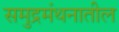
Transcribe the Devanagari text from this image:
समुद्रमंथनातील